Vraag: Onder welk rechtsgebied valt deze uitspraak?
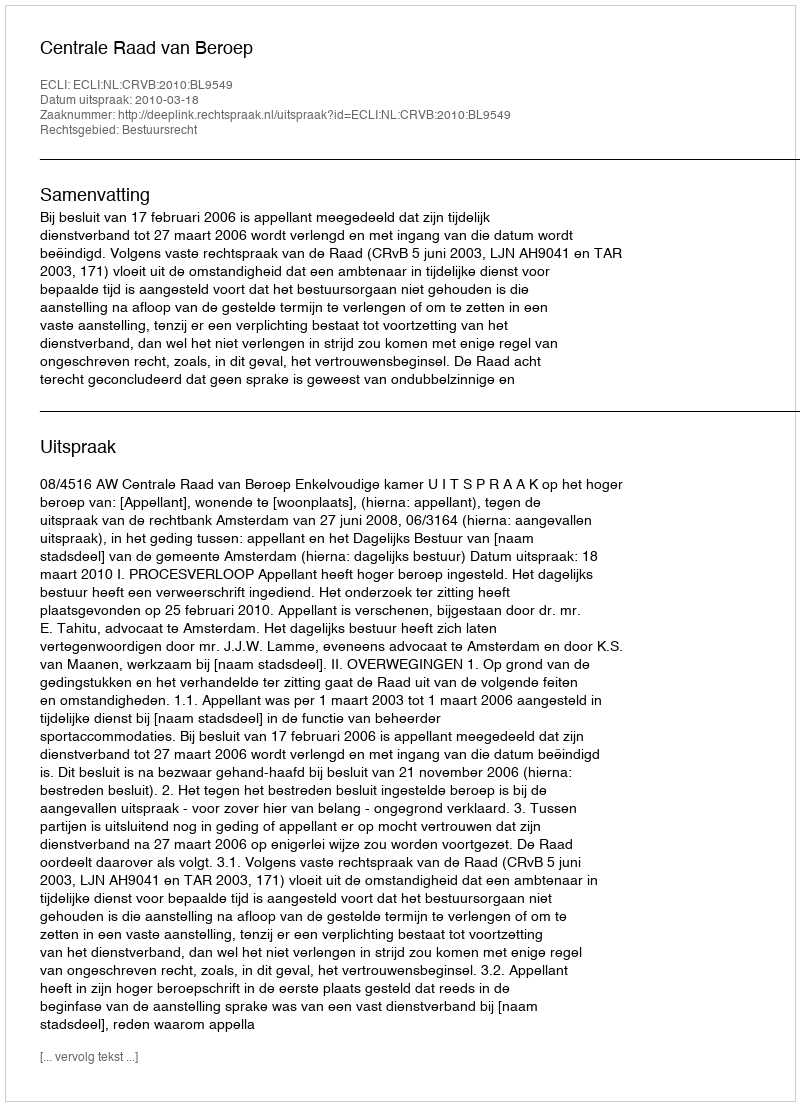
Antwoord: Bestuursrecht